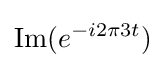
\operatorname {Im} (e^{-i2\pi 3t})